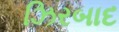
ઝિરબાદ